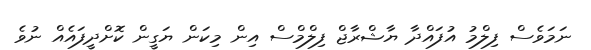
ނަމަވެސް ފިލްމު އުފައްދާ ޔާޝްރާޖް ފިލްމްސް އިން މިކަން ޔަގީން ކޮށްދީފައެއް ނުވެ